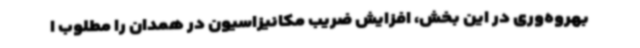
بهروه‌وری در این بخش، افزایش ضریب مکانیزاسیون در همدان را مطلوب ا